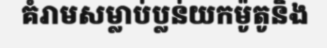
គំរាមសម្លាប់ប្លន់យកម៉ូតូនិង